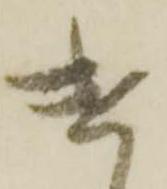
遣